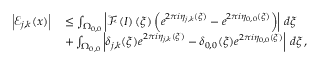
\begin{array} { r l } { \left\vert \mathcal { E } _ { j , k } ( \boldsymbol { x } ) \right\vert } & { { } \leq \int _ { \Omega _ { 0 , 0 } } \left\vert \mathcal { F } \left( I \right) ( \boldsymbol { \xi } ) \left( e ^ { 2 \pi i \eta _ { j , k } ( \boldsymbol { \xi } ) } - e ^ { 2 \pi i \eta _ { 0 , 0 } ( \boldsymbol { \xi } ) } \right) \right\vert \, d \boldsymbol { \xi } } \\ { \qquad } & { { } + \int _ { \Omega _ { 0 , 0 } } \left\vert \delta _ { j , k } ( \boldsymbol { \xi } ) e ^ { 2 \pi i \eta _ { j , k } ( \boldsymbol { \xi } ) } - \delta _ { 0 , 0 } ( \boldsymbol { \xi } ) e ^ { 2 \pi i \eta _ { 0 , 0 } ( \boldsymbol { \xi } ) } \right\vert \, d \boldsymbol { \xi } \, , } \end{array}